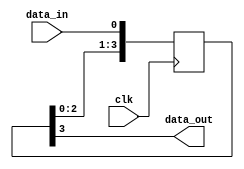
module four_flop_synchronizer (
    input wire data_in,
    input wire clk,
    output reg data_out
);

reg [3:0] sync_reg;

always @(posedge clk) begin
    sync_reg <= {sync_reg[2:0], data_in};
end

assign data_out = sync_reg[3];

endmodule